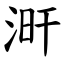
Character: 涆